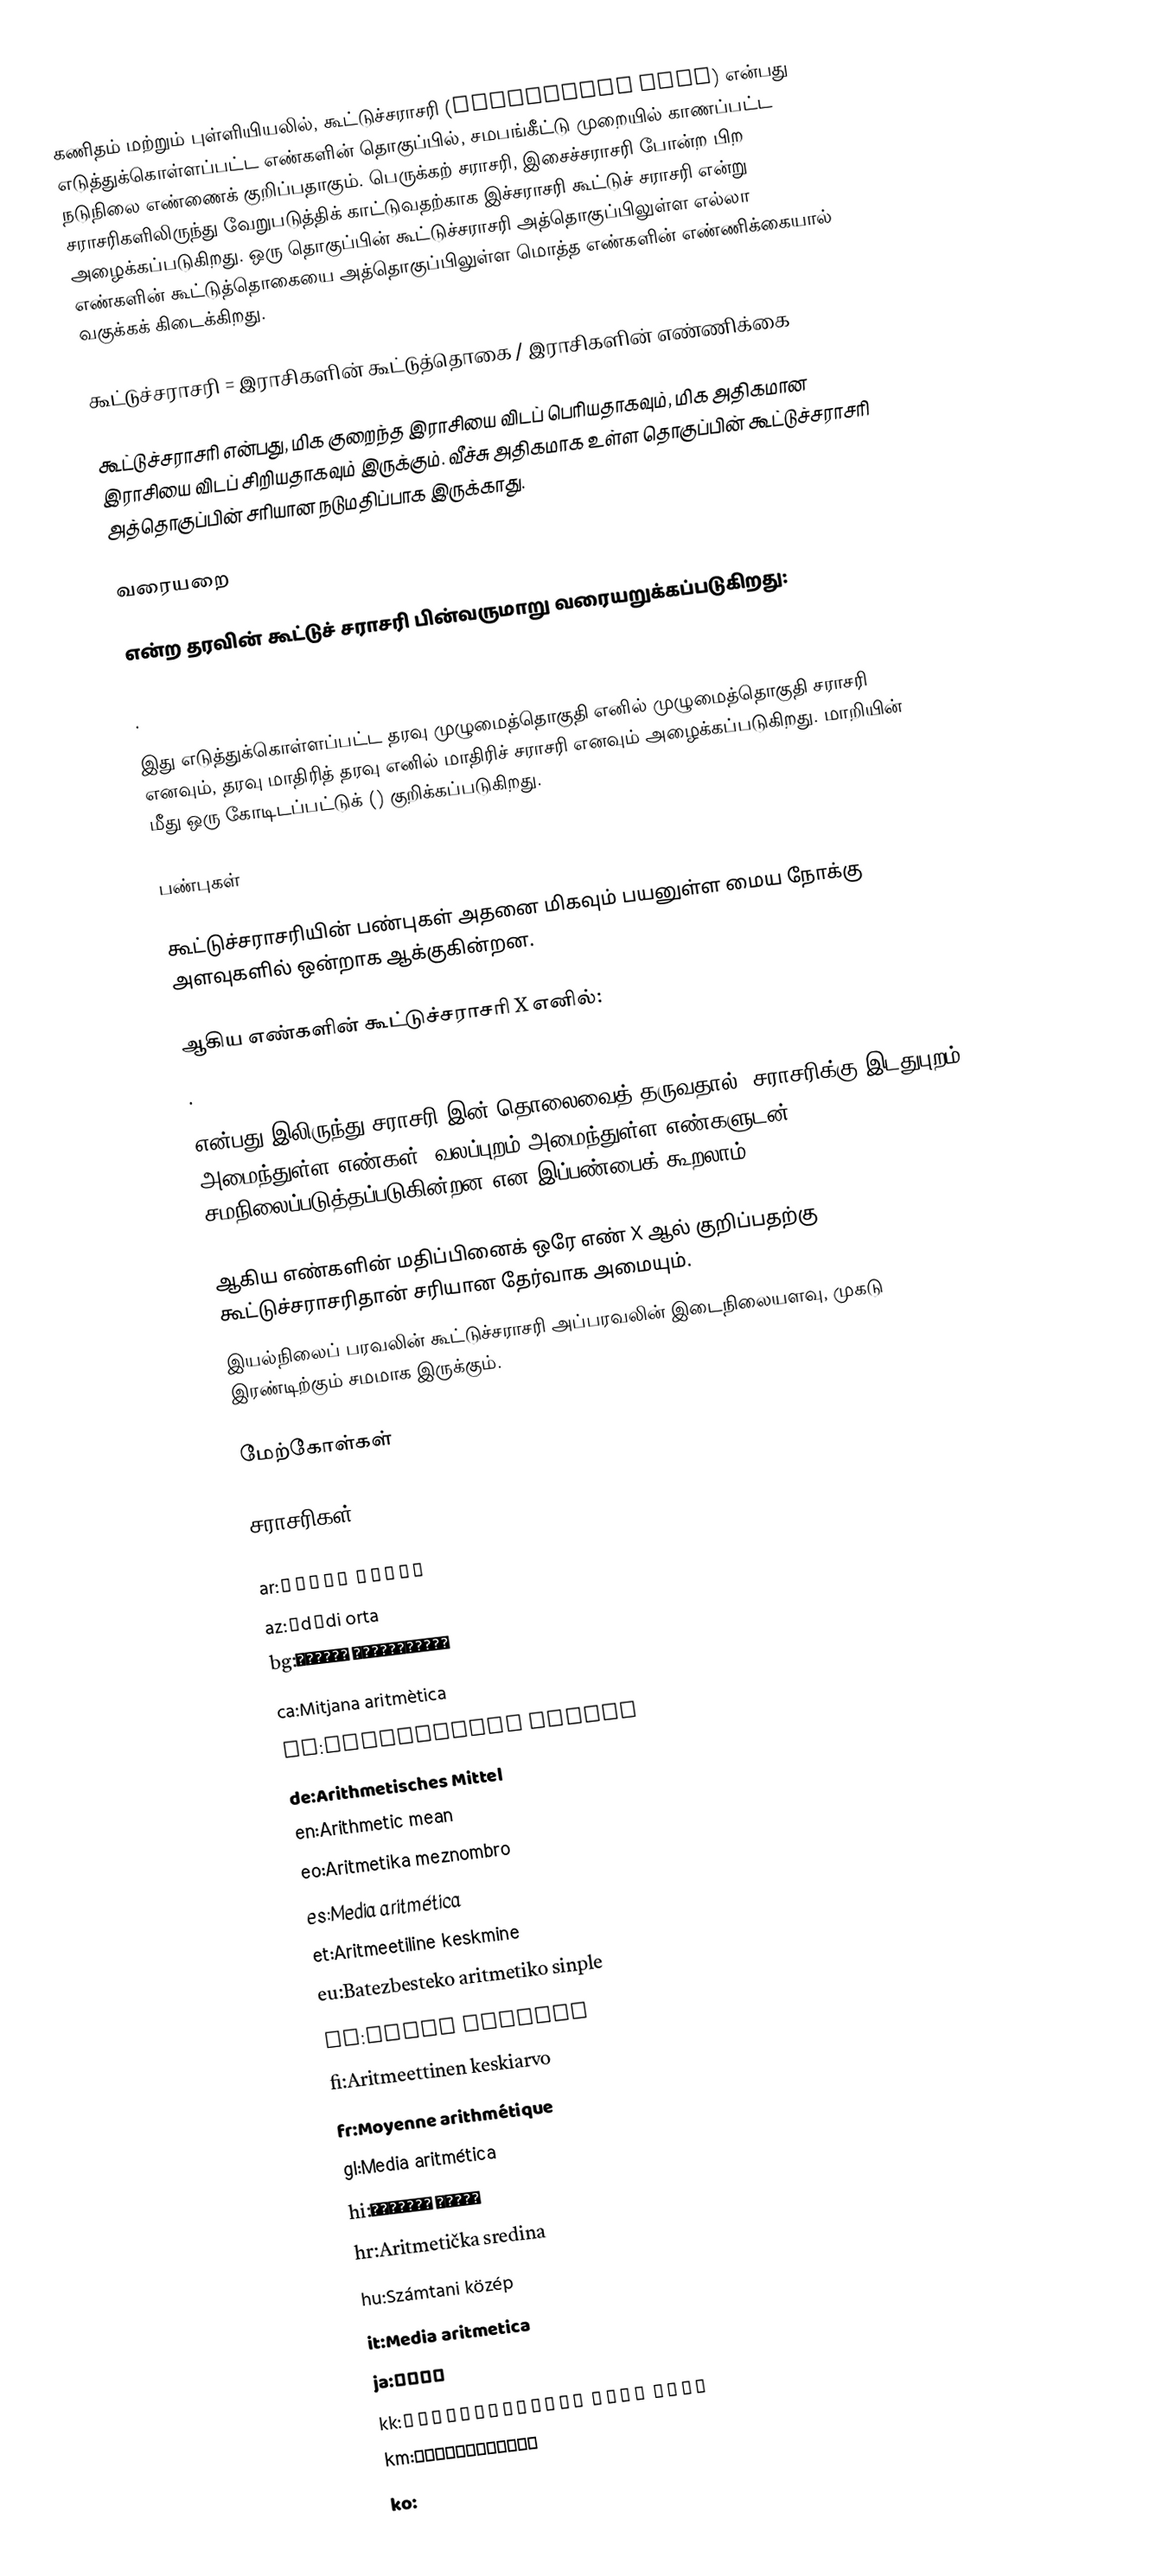
கணிதம் மற்றும் புள்ளியியலில், கூட்டுச்சராசரி (Arithmetic mean) என்பது எடுத்துக்கொள்ளப்பட்ட எண்களின் தொகுப்பில், சமபங்கீட்டு முறையில் காணப்பட்ட நடுநிலை எண்ணைக் குறிப்பதாகும். பெருக்கற் சராசரி, இசைச்சராசரி போன்ற பிற சராசரிகளிலிருந்து வேறுபடுத்திக் காட்டுவதற்காக இச்சராசரி கூட்டுச் சராசரி என்று அழைக்கப்படுகிறது. ஒரு தொகுப்பின் கூட்டுச்சராசரி அத்தொகுப்பிலுள்ள எல்லா எண்களின் கூட்டுத்தொகையை அத்தொகுப்பிலுள்ள மொத்த எண்களின் எண்ணிக்கையால் வகுக்கக் கிடைக்கிறது.

கூட்டுச்சராசரி = இராசிகளின் கூட்டுத்தொகை / இராசிகளின் எண்ணிக்கை

கூட்டுச்சராசரி என்பது, மிக குறைந்த இராசியை விடப் பெரியதாகவும், மிக அதிகமான இராசியை விடப் சிறியதாகவும் இருக்கும். வீச்சு அதிகமாக உள்ள தொகுப்பின் கூட்டுச்சராசரி அத்தொகுப்பின் சரியான நடுமதிப்பாக இருக்காது.

வரையறை

 என்ற தரவின் கூட்டுச் சராசரி   பின்வருமாறு வரையறுக்கப்படுகிறது:

.

இது எடுத்துக்கொள்ளப்பட்ட தரவு முழுமைத்தொகுதி எனில் முழுமைத்தொகுதி சராசரி எனவும், தரவு மாதிரித் தரவு எனில் மாதிரிச் சராசரி எனவும் அழைக்கப்படுகிறது. மாறியின் மீது ஒரு கோடிடப்பட்டுக் () குறிக்கப்படுகிறது.

பண்புகள்

கூட்டுச்சராசரியின் பண்புகள் அதனை மிகவும் பயனுள்ள மைய நோக்கு அளவுகளில் ஒன்றாக ஆக்குகின்றன.

 ஆகிய எண்களின் கூட்டுச்சராசரி X எனில்:
.

 என்பது  இலிருந்து சராசரி  இன் தொலைவைத் தருவதால், சராசரிக்கு இடதுபுறம் அமைந்துள்ள எண்கள், வலப்புறம் அமைந்துள்ள எண்களுடன் சமநிலைப்படுத்தப்படுகின்றன என இப்பண்பைக் கூறலாம்.

 ஆகிய எண்களின் மதிப்பினைக் ஒரே எண் X ஆல் குறிப்பதற்கு கூட்டுச்சராசரிதான் சரியான தேர்வாக அமையும்.
 இயல்நிலைப் பரவலின் கூட்டுச்சராசரி அப்பரவலின் இடைநிலையளவு, முகடு இரண்டிற்கும் சமமாக இருக்கும்.

மேற்கோள்கள்

சராசரிகள்

ar:متوسط حسابي
az:Ədədi orta
bg:Средно аритметично
ca:Mitjana aritmètica
cs:Aritmetický průměr
de:Arithmetisches Mittel
en:Arithmetic mean
eo:Aritmetika meznombro
es:Media aritmética
et:Aritmeetiline keskmine
eu:Batezbesteko aritmetiko sinple
fa:میانگین حسابی
fi:Aritmeettinen keskiarvo
fr:Moyenne arithmétique
gl:Media aritmética
hi:समान्तर माध्य
hr:Aritmetička sredina
hu:Számtani közép
it:Media aritmetica
ja:算術平均
kk:Арифметикалық орта шама
km:មធ្យមនព្វន្ធ
ko: